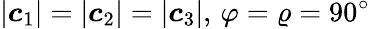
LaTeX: |\boldsymbol{c}_{1}|=|\boldsymbol{c}_{2}|=|\boldsymbol{c}_{3}|,\, \varphi=\varrho=90^{\circ}